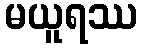
မယူရဿ